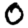
Digit: 0